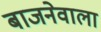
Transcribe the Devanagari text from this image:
बाजनेवाला